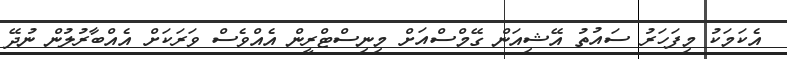
އެކަމަކު މިފަހަރު ސައުތު އޭޝިއަން ގޭމްސްއަށް މިނިސްޓްރީން އެއްވެސް ވަރަކަށް އެއްބާރުލުން ނުދޭ